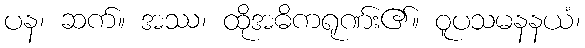
ပန၊ ဆက်။ အဿ၊ ထိုအဓိကရုဏ်း၏။ ဝူပသမနနယံ၊